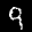
Label: 9